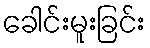
ခေါင်းမူးခြင်း